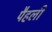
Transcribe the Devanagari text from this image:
पैहली